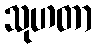
သုဟတာ